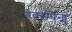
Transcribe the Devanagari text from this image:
एक्सपैन्ड्स